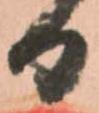
日